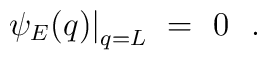
\psi_E(q)\bigr|_{q=L}\ =\ 0\ \ .